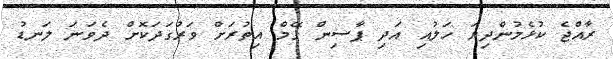
ރާއްޖެ ކުޅެމުންދިޔަ ހަލުއި އަދި ޕާސިން ގޭމް އިތުރަށް ވަރުގަދަކޮށް ދެވަނަ ލަނޑު